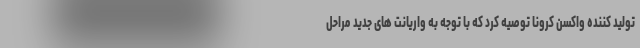
تولید کننده واکسن کرونا توصیه کرد که با توجه به واریانت های جدید مراحل